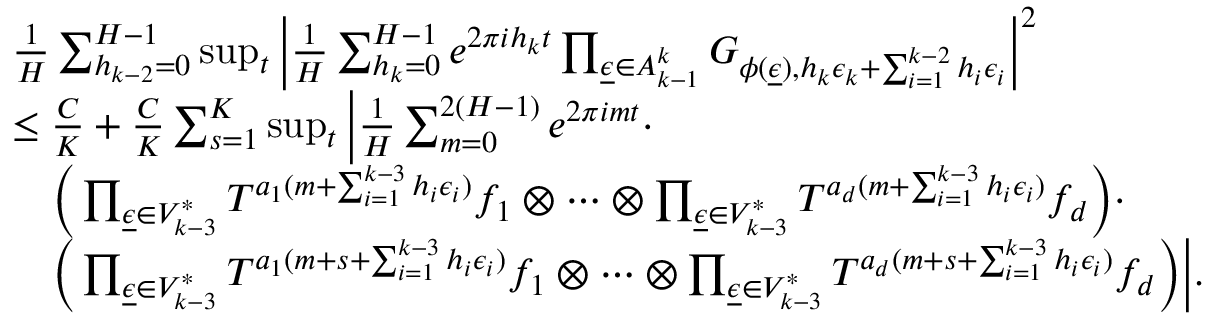
\begin{array} { r l } & { \frac { 1 } { H } \sum _ { h _ { k - 2 } = 0 } ^ { H - 1 } \operatorname* { s u p } _ { t } \Big | \frac { 1 } { H } \sum _ { h _ { k } = 0 } ^ { H - 1 } e ^ { 2 \pi i h _ { k } t } \prod _ { \underline { { \epsilon } } \in A _ { k - 1 } ^ { k } } G _ { \phi ( \underline { { \epsilon } } ) , h _ { k } \epsilon _ { k } + \sum _ { i = 1 } ^ { k - 2 } h _ { i } \epsilon _ { i } } \Big | ^ { 2 } } \\ & { \le \frac { C } { K } + \frac { C } { K } \sum _ { s = 1 } ^ { K } \operatorname* { s u p } _ { t } \Big | \frac { 1 } { H } \sum _ { m = 0 } ^ { 2 ( H - 1 ) } e ^ { 2 \pi i m t } \cdot } \\ & { \ \ \ \Big ( \prod _ { \underline { { \epsilon } } \in V _ { k - 3 } ^ { * } } T ^ { a _ { 1 } ( m + \sum _ { i = 1 } ^ { k - 3 } h _ { i } \epsilon _ { i } ) } f _ { 1 } \otimes \cdots \otimes \prod _ { \underline { { \epsilon } } \in V _ { k - 3 } ^ { * } } T ^ { a _ { d } ( m + \sum _ { i = 1 } ^ { k - 3 } h _ { i } \epsilon _ { i } ) } f _ { d } \Big ) \cdot } \\ & { \ \ \ \Big ( \prod _ { \underline { { \epsilon } } \in V _ { k - 3 } ^ { * } } T ^ { a _ { 1 } ( m + s + \sum _ { i = 1 } ^ { k - 3 } h _ { i } \epsilon _ { i } ) } f _ { 1 } \otimes \cdots \otimes \prod _ { \underline { { \epsilon } } \in V _ { k - 3 } ^ { * } } T ^ { a _ { d } ( m + s + \sum _ { i = 1 } ^ { k - 3 } h _ { i } \epsilon _ { i } ) } f _ { d } \Big ) \Big | . } \end{array}